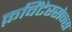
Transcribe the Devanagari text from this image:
क़विंटेस्सेन्स